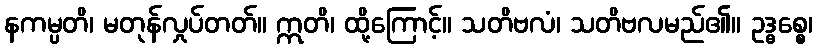
နကမ္ပတိ၊ မတုန်လှုပ်တတ်။ ဣတိ၊ ထို့ကြောင့်။ သတိဗလံ၊ သတိဗလမည်၏။ ဥဒ္ဓစ္စေ၊